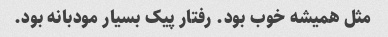
مثل همیشه خوب بود. رفتار پیک بسیار مودبانه بود.